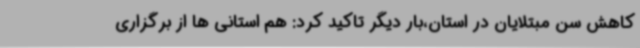
کاهش سن مبتلایان در استان،بار دیگر تاکید کرد: هم استانی ها از برگزاری